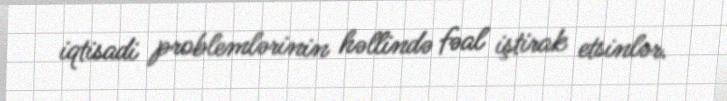
iqtisadi problemlərinin həllində fəal iştirak etsinlər.